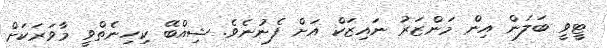
ޓީވީ ބަލަން އިން މަންޒަރު ނައިޒަކް އަށް ފެނުނެވެ. ޝިއްބޭ ކިހިނެތްވީ މާވަރަކަށް